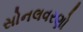
સોનલવરણો